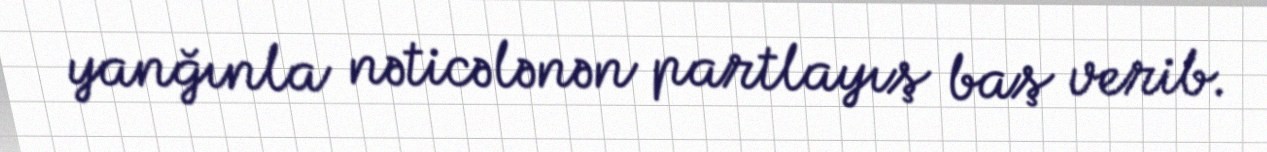
yanğınla nəticələnən partlayış baş verib.